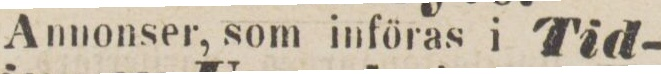
Annonser, som införas i Tid-